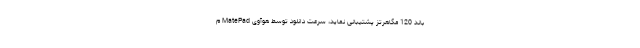
باند 120 مگاهرتز پشتیبانی نماید، سرعت دانلود توسط هوآوی MatePad م